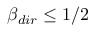
\beta _ { d i r } \leq 1 / 2